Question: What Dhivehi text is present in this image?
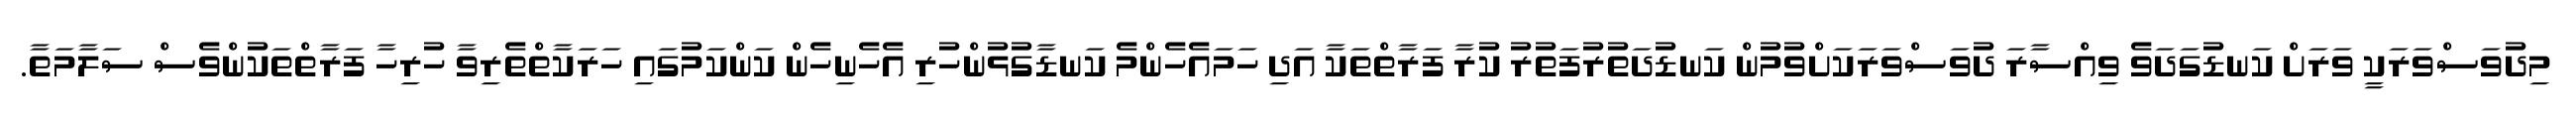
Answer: މިދުވަސްވަރަކީ ވަރަށް ކަނޑުގަދަވެ ވިއްސާރަ ދުވަސްވަރަކަށްވުމުން ކަނޑުދަތުރުފަތުރު ކުރާ ފަރާތްތަކާ އަދި ހަމައެހެންމެ ކަނޑާގުޅުންހުރި އެހެނިހެން ކަންކަމުގައި ހަރަކާތްތެރިވާ ހުރިހާ ފަރާތްތަކުންވެސް ސަލާމަތާ.